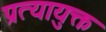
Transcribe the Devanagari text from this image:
प्रत्यायुक्त